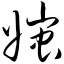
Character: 媸